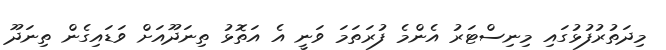
މިދަތުރުފުޅުގައި މިނިސްޓަރު އެންމެ ފުރަތަމަ ވަނީ އެ އަތޮޅު ތިނަދޫއަށް ވަޑައިގެން ތިނަދޫ